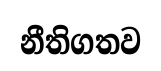
නීතිගතව